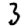
Digit: 3